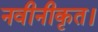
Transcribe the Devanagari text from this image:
नवीनीकृत।